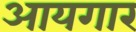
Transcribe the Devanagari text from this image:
आयगार